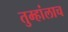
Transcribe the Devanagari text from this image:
तुम्हांलाच